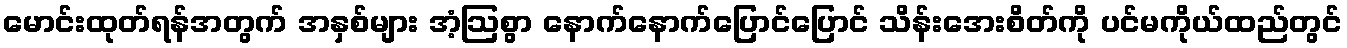
မောင်းထုတ်ရန်အတွက် အနှစ်များ အံ့ဩစွာ နောက်နောက်ပြောင်ပြောင် သိန်းအေးစိတ်ကို ပင်မကိုယ်ထည်တွင်